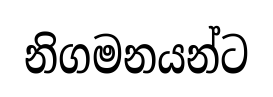
නිගමනයන්ට